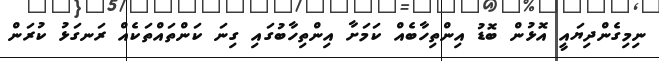
ނިމިގެންދިޔައީ އޮޅުން ބޮޑު އިންތިހާބެއް ކަމަށާ އިންތިހާބުގައި ގިނަ ކަންތައްތަކެއް ރަނގަޅު ކުރަން